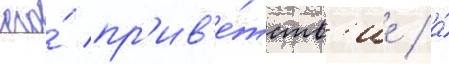
его́ пр'ив'е́тств'ие / а́